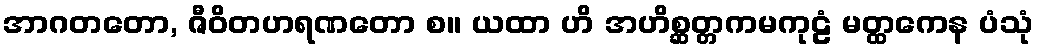
အာဂတတော, ဇီဝိတဟရဏတော စ။ ယထာ ဟိ အဟိစ္ဆတ္တကမကုဠံ မတ္ထကေန ပံသုံ